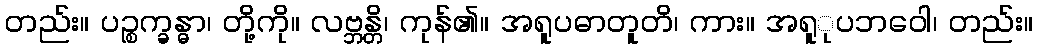
တည်း။ ပဉ္စက္ခန္ဓာ၊ တို့ကို။ လဗ္ဘန္တိ၊ ကုန်၏။ အရူပဓာတူတိ၊ ကား။ အရူုပဘဝေါ၊ တည်း။